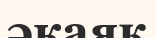
әкаяқ